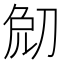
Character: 𠜧